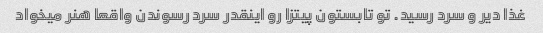
غذا دیر و سرد رسید. تو تابستون پیتزا رو اینقدر سرد رسوندن واقعا هنر میخواد